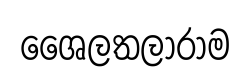
ශෛලතලාරාම